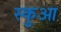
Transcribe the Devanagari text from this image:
स्कुआ